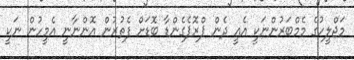
މަޖްލީހުގެ މެމްބަރުންނަކީ އެއީ ދެން ޕްރޮޕެގެންޑާ ބޮޑަށް ފެތުރުން އޮންނާނީ އެމީހުން ނަކީ